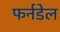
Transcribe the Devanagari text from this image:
फर्नडेल